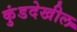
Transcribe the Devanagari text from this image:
कुंडदेखील